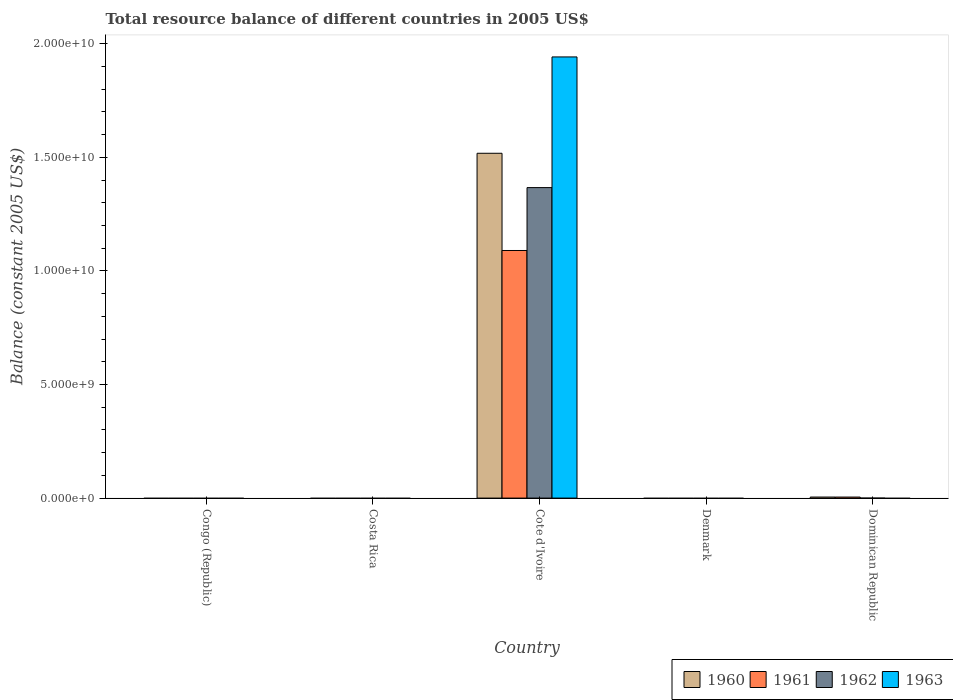
| Country | 1960 | 1961 | 1962 | 1963 |
 | --- | --- | --- | --- | --- |
 | Congo (Republic) | -2.1e+10 | -2.39e+10 | -1.32e+10 | -9.02e+09 |
 | Costa Rica | -1.36e+08 | -1.06e+08 | -8.78e+07 | -1.55e+08 |
 | Cote d'Ivoire | 1.52e+10 | 1.09e+10 | 1.37e+10 | 1.94e+10 |
 | Denmark | -8.68e+08 | -1.12e+09 | -2.1e+09 | -2.23e+08 |
 | Dominican Republic | 4.56e+07 | 4.52e+07 | -2.6e+06 | -4.94e+07 |